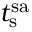
t _ { \mathrm { s } } ^ { \mathrm { s a } }